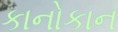
કાનોકાન